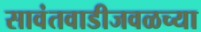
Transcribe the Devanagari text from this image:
सावंतवाडीजवळच्या